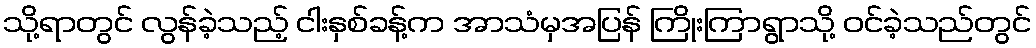
သို့ရာတွင် လွန်ခဲ့သည့် ငါးနှစ်ခန့်က အာသံမှအပြန် ကြိုးကြာရွာသို့ ဝင်ခဲ့သည်တွင်